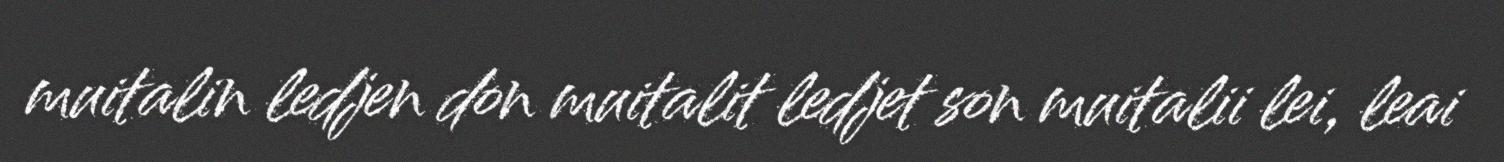
muitalin ledjen don muitalit ledjet son muitalii lei, leai